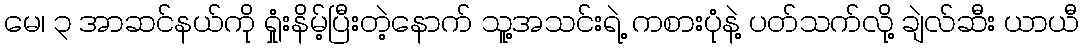
မေ၊ ၃ အာဆင်နယ်ကို ရှုံးနိမ့်ပြီးတဲ့နောက် သူ့အသင်းရဲ့ ကစားပုံနဲ့ ပတ်သက်လို့ ချဲလ်ဆီး ယာယီ